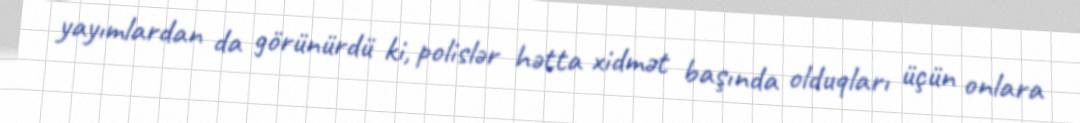
yayımlardan da görünürdü ki, polislər hətta xidmət başında olduqları üçün onlara